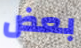
بعض